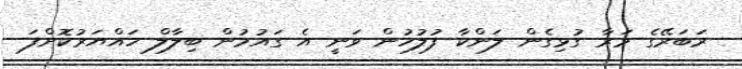
ރަބަރޭގެ މަރާ ގުޅިގެން ލަންކާ ފުލުހުން ވަނީ އެ ގައުމުން ބިލާލް ހައްޔަރުކޮށްފަ